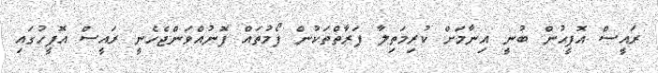
ރައީސް އޮފީޙުން ބުނީ އިނާމަށް ކުރިމަތިލާ ފަރާތްތަކުން ފޯމުތައް ފޮނުއްވަންޖެހެނީ ރައީސް އޮފީހުގައި